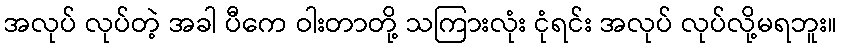
အလုပ် လုပ်တဲ့ အခါ ပီကေ ဝါးတာတို့ သကြားလုံး ငုံရင်း အလုပ် လုပ်လို့မရဘူး။